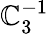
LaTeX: \mathbb{C}_{3}^{-1}